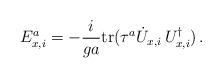
LaTeX: \begin{align*}E^a_{x,i} = - \frac{i}{g a} {\rm tr} (\tau^a \dot U_{x,i} \, U^{\dagger}_{x,i}) \,. \end{align*}